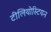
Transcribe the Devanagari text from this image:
टीलियोस्टियन